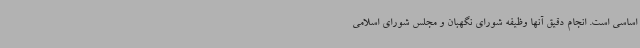
اساسی است. انجام دقیق آنها وظیفه شورای نگهبان و مجلس شورای اسلامی